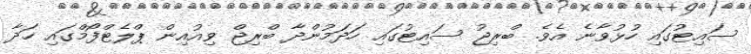
ސައިޓުގައި ހުޅުވާނެ އެވެ. ބްރިޖު ސައިޓުގައި ހަދަމުންދާ ބްރިޖް ވިއުއިން ޕްލެޓްފޯމްގައި ހަދާ